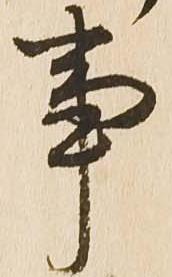
事